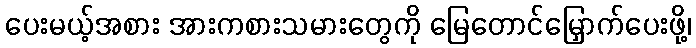
ပေးမယ့်အစား အားကစားသမားတွေကို မြေတောင်မြှောက်ပေးဖို့၊